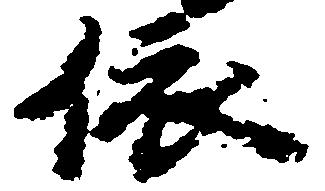
依